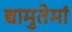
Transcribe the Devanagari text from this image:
द्यामुतेमां